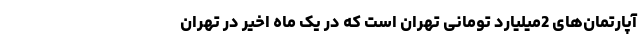
آپارتمان‌های 2میلیارد تومانی تهران است که در یک ماه اخیر در تهران